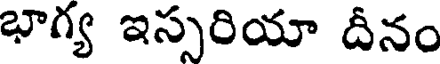
భాగ్య ఇస్సరియా దీనం